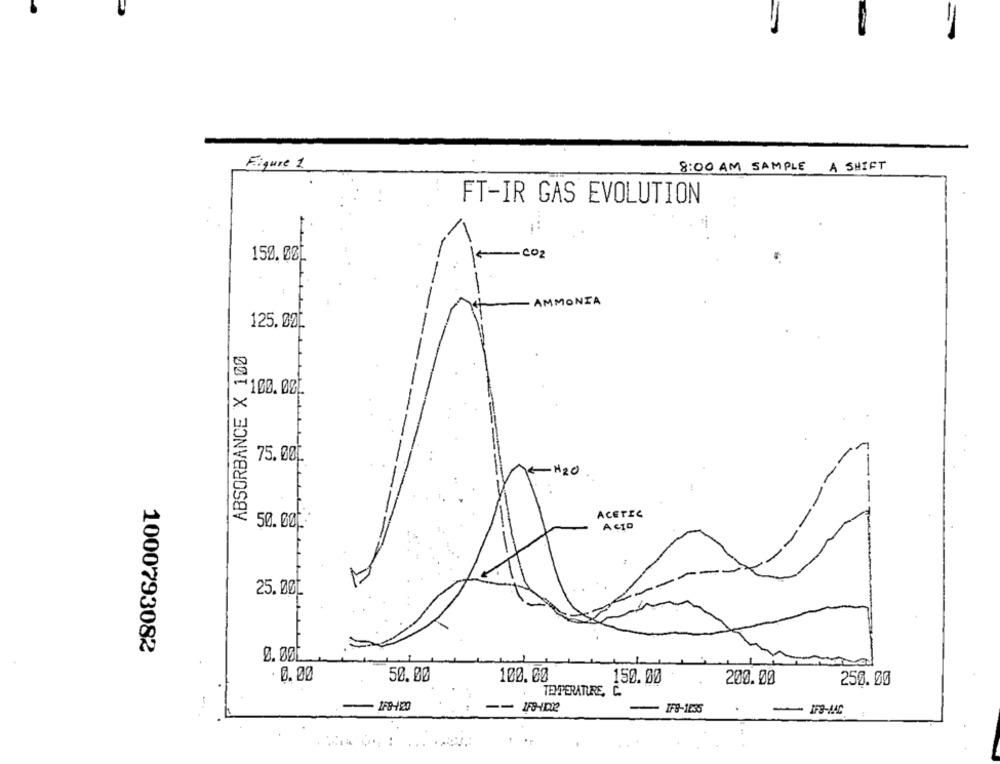
=
Figure 1
8:00 AM SAMPLE
A SHIFT
FT-IR GAS EVOLUTION
-
..
150.000
co2
AMMONIA
125.00[.
ABSORBANCE X 100
100.00
75.00[
H2O
ACETIC
50.000*
Acto
25.00
1000793082
9. 00
· 0.00
50.00
100.00
150.00
200.00
250.00
TEMPERATURE, C.
IF8-1235